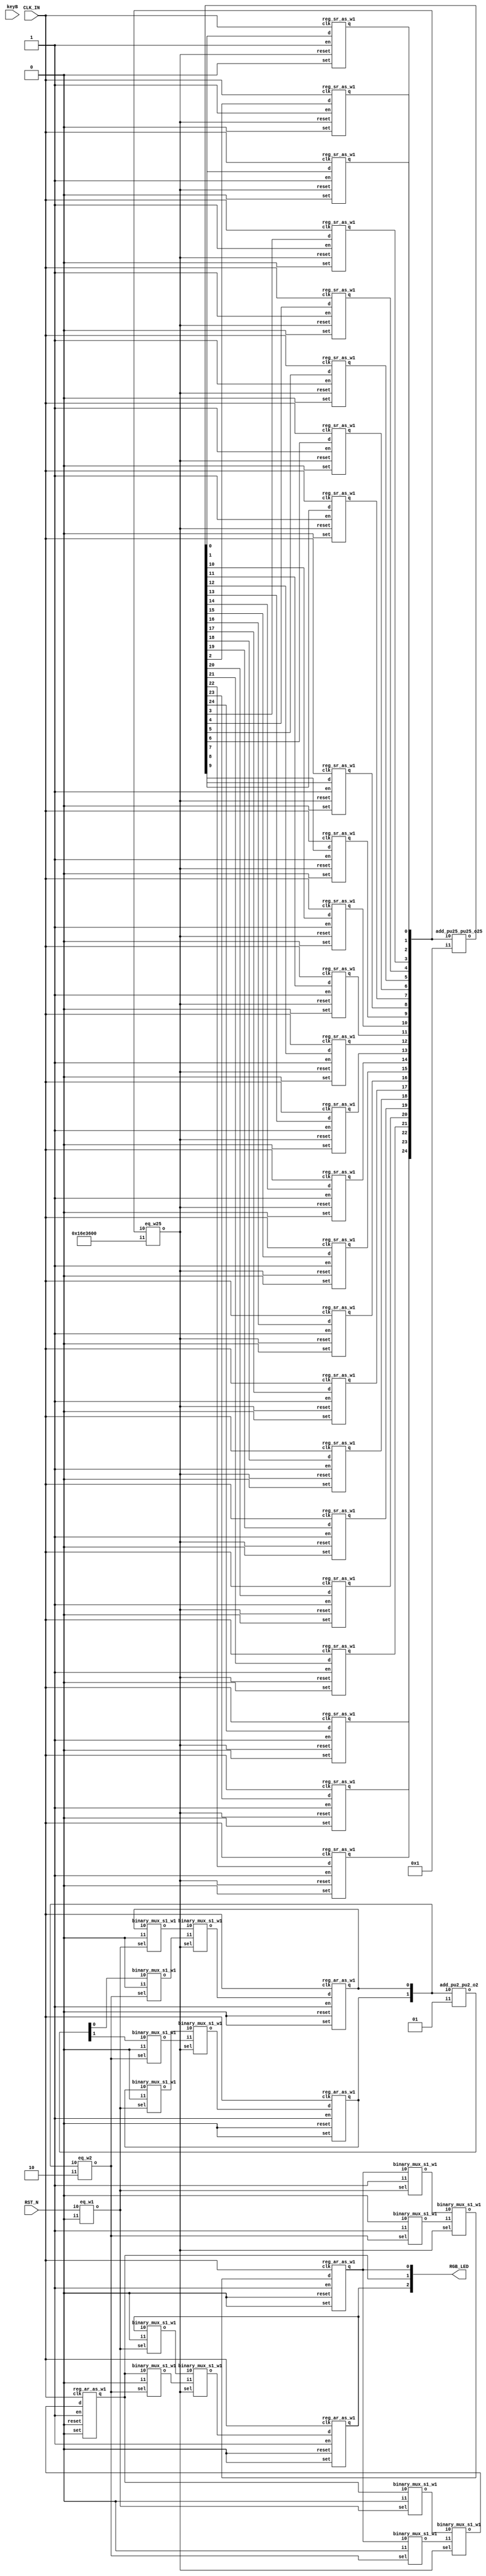
// Verilog netlist created by TD v4.3.815
// Tue May 14 18:57:10 2019

`timescale 1ns / 1ps
module led  // ../src/led.v(1)
  (
  CLK_IN,
  RST_N,
  keyB,
  RGB_LED
  );

  input CLK_IN;  // ../src/led.v(3)
  input RST_N;  // ../src/led.v(4)
  input keyB;  // ../src/led.v(5)
  output [2:0] RGB_LED;  // ../src/led.v(6)

  parameter time1 = 25'b1011011100011011000000000;
  wire [24:0] count;  // ../src/led.v(12)
  wire [2:0] n1;
  wire [2:0] n10;
  wire [1:0] n11;
  wire [1:0] n2;
  wire [1:0] n5;
  wire [2:0] n6;
  wire [1:0] n7;
  wire [24:0] n8;
  wire [1:0] shift_cnt;  // ../src/led.v(13)
  wire n0;
  wire n3;
  wire n4;

  add_pu2_pu2_o2 add0 (
    .i0(shift_cnt),
    .i1(2'b01),
    .o(n5));  // ../src/led.v(39)
  add_pu25_pu25_o25 add1 (
    .i0(count),
    .i1(25'b0000000000000000000000001),
    .o(n8));  // ../src/led.v(43)
  eq_w1 eq0 (
    .i0(RST_N),
    .i1(1'b0),
    .o(n0));  // ../src/led.v(23)
  eq_w25 eq1 (
    .i0(count),
    .i1(25'b1011011100011011000000000),
    .o(n3));  // ../src/led.v(29)
  eq_w2 eq2 (
    .i0(shift_cnt),
    .i1(2'b10),
    .o(n4));  // ../src/led.v(33)
  binary_mux_s1_w1 mux0_b0 (
    .i0(RGB_LED[0]),
    .i1(1'b1),
    .sel(n0),
    .o(n1[0]));  // ../src/led.v(27)
  binary_mux_s1_w1 mux0_b1 (
    .i0(RGB_LED[1]),
    .i1(1'b0),
    .sel(n0),
    .o(n1[1]));  // ../src/led.v(27)
  binary_mux_s1_w1 mux0_b2 (
    .i0(RGB_LED[2]),
    .i1(1'b0),
    .sel(n0),
    .o(n1[2]));  // ../src/led.v(27)
  binary_mux_s1_w1 mux1_b0 (
    .i0(shift_cnt[0]),
    .i1(1'b0),
    .sel(n0),
    .o(n2[0]));  // ../src/led.v(27)
  binary_mux_s1_w1 mux1_b1 (
    .i0(shift_cnt[1]),
    .i1(1'b0),
    .sel(n0),
    .o(n2[1]));  // ../src/led.v(27)
  binary_mux_s1_w1 mux2_b0 (
    .i0(1'b0),
    .i1(1'b1),
    .sel(n4),
    .o(n6[0]));  // ../src/led.v(40)
  binary_mux_s1_w1 mux2_b1 (
    .i0(RGB_LED[0]),
    .i1(1'b0),
    .sel(n4),
    .o(n6[1]));  // ../src/led.v(40)
  binary_mux_s1_w1 mux2_b2 (
    .i0(RGB_LED[1]),
    .i1(1'b0),
    .sel(n4),
    .o(n6[2]));  // ../src/led.v(40)
  binary_mux_s1_w1 mux3_b0 (
    .i0(n5[0]),
    .i1(1'b0),
    .sel(n4),
    .o(n7[0]));  // ../src/led.v(40)
  binary_mux_s1_w1 mux3_b1 (
    .i0(n5[1]),
    .i1(1'b0),
    .sel(n4),
    .o(n7[1]));  // ../src/led.v(40)
  binary_mux_s1_w1 mux5_b0 (
    .i0(n1[0]),
    .i1(n6[0]),
    .sel(n3),
    .o(n10[0]));  // ../src/led.v(43)
  binary_mux_s1_w1 mux5_b1 (
    .i0(n1[1]),
    .i1(n6[1]),
    .sel(n3),
    .o(n10[1]));  // ../src/led.v(43)
  binary_mux_s1_w1 mux5_b2 (
    .i0(n1[2]),
    .i1(n6[2]),
    .sel(n3),
    .o(n10[2]));  // ../src/led.v(43)
  binary_mux_s1_w1 mux6_b0 (
    .i0(n2[0]),
    .i1(n7[0]),
    .sel(n3),
    .o(n11[0]));  // ../src/led.v(43)
  binary_mux_s1_w1 mux6_b1 (
    .i0(n2[1]),
    .i1(n7[1]),
    .sel(n3),
    .o(n11[1]));  // ../src/led.v(43)
  reg_ar_as_w1 reg0_b0 (
    .clk(CLK_IN),
    .d(n10[0]),
    .en(1'b1),
    .reset(1'b0),
    .set(1'b0),
    .q(RGB_LED[0]));  // ../src/led.v(44)
  reg_ar_as_w1 reg0_b1 (
    .clk(CLK_IN),
    .d(n10[1]),
    .en(1'b1),
    .reset(1'b0),
    .set(1'b0),
    .q(RGB_LED[1]));  // ../src/led.v(44)
  reg_ar_as_w1 reg0_b2 (
    .clk(CLK_IN),
    .d(n10[2]),
    .en(1'b1),
    .reset(1'b0),
    .set(1'b0),
    .q(RGB_LED[2]));  // ../src/led.v(44)
  reg_ar_as_w1 reg1_b0 (
    .clk(CLK_IN),
    .d(n11[0]),
    .en(1'b1),
    .reset(1'b0),
    .set(1'b0),
    .q(shift_cnt[0]));  // ../src/led.v(44)
  reg_ar_as_w1 reg1_b1 (
    .clk(CLK_IN),
    .d(n11[1]),
    .en(1'b1),
    .reset(1'b0),
    .set(1'b0),
    .q(shift_cnt[1]));  // ../src/led.v(44)
  reg_sr_as_w1 reg2_b0 (
    .clk(CLK_IN),
    .d(n8[0]),
    .en(1'b1),
    .reset(n3),
    .set(1'b0),
    .q(count[0]));  // ../src/led.v(44)
  reg_sr_as_w1 reg2_b1 (
    .clk(CLK_IN),
    .d(n8[1]),
    .en(1'b1),
    .reset(n3),
    .set(1'b0),
    .q(count[1]));  // ../src/led.v(44)
  reg_sr_as_w1 reg2_b10 (
    .clk(CLK_IN),
    .d(n8[10]),
    .en(1'b1),
    .reset(n3),
    .set(1'b0),
    .q(count[10]));  // ../src/led.v(44)
  reg_sr_as_w1 reg2_b11 (
    .clk(CLK_IN),
    .d(n8[11]),
    .en(1'b1),
    .reset(n3),
    .set(1'b0),
    .q(count[11]));  // ../src/led.v(44)
  reg_sr_as_w1 reg2_b12 (
    .clk(CLK_IN),
    .d(n8[12]),
    .en(1'b1),
    .reset(n3),
    .set(1'b0),
    .q(count[12]));  // ../src/led.v(44)
  reg_sr_as_w1 reg2_b13 (
    .clk(CLK_IN),
    .d(n8[13]),
    .en(1'b1),
    .reset(n3),
    .set(1'b0),
    .q(count[13]));  // ../src/led.v(44)
  reg_sr_as_w1 reg2_b14 (
    .clk(CLK_IN),
    .d(n8[14]),
    .en(1'b1),
    .reset(n3),
    .set(1'b0),
    .q(count[14]));  // ../src/led.v(44)
  reg_sr_as_w1 reg2_b15 (
    .clk(CLK_IN),
    .d(n8[15]),
    .en(1'b1),
    .reset(n3),
    .set(1'b0),
    .q(count[15]));  // ../src/led.v(44)
  reg_sr_as_w1 reg2_b16 (
    .clk(CLK_IN),
    .d(n8[16]),
    .en(1'b1),
    .reset(n3),
    .set(1'b0),
    .q(count[16]));  // ../src/led.v(44)
  reg_sr_as_w1 reg2_b17 (
    .clk(CLK_IN),
    .d(n8[17]),
    .en(1'b1),
    .reset(n3),
    .set(1'b0),
    .q(count[17]));  // ../src/led.v(44)
  reg_sr_as_w1 reg2_b18 (
    .clk(CLK_IN),
    .d(n8[18]),
    .en(1'b1),
    .reset(n3),
    .set(1'b0),
    .q(count[18]));  // ../src/led.v(44)
  reg_sr_as_w1 reg2_b19 (
    .clk(CLK_IN),
    .d(n8[19]),
    .en(1'b1),
    .reset(n3),
    .set(1'b0),
    .q(count[19]));  // ../src/led.v(44)
  reg_sr_as_w1 reg2_b2 (
    .clk(CLK_IN),
    .d(n8[2]),
    .en(1'b1),
    .reset(n3),
    .set(1'b0),
    .q(count[2]));  // ../src/led.v(44)
  reg_sr_as_w1 reg2_b20 (
    .clk(CLK_IN),
    .d(n8[20]),
    .en(1'b1),
    .reset(n3),
    .set(1'b0),
    .q(count[20]));  // ../src/led.v(44)
  reg_sr_as_w1 reg2_b21 (
    .clk(CLK_IN),
    .d(n8[21]),
    .en(1'b1),
    .reset(n3),
    .set(1'b0),
    .q(count[21]));  // ../src/led.v(44)
  reg_sr_as_w1 reg2_b22 (
    .clk(CLK_IN),
    .d(n8[22]),
    .en(1'b1),
    .reset(n3),
    .set(1'b0),
    .q(count[22]));  // ../src/led.v(44)
  reg_sr_as_w1 reg2_b23 (
    .clk(CLK_IN),
    .d(n8[23]),
    .en(1'b1),
    .reset(n3),
    .set(1'b0),
    .q(count[23]));  // ../src/led.v(44)
  reg_sr_as_w1 reg2_b24 (
    .clk(CLK_IN),
    .d(n8[24]),
    .en(1'b1),
    .reset(n3),
    .set(1'b0),
    .q(count[24]));  // ../src/led.v(44)
  reg_sr_as_w1 reg2_b3 (
    .clk(CLK_IN),
    .d(n8[3]),
    .en(1'b1),
    .reset(n3),
    .set(1'b0),
    .q(count[3]));  // ../src/led.v(44)
  reg_sr_as_w1 reg2_b4 (
    .clk(CLK_IN),
    .d(n8[4]),
    .en(1'b1),
    .reset(n3),
    .set(1'b0),
    .q(count[4]));  // ../src/led.v(44)
  reg_sr_as_w1 reg2_b5 (
    .clk(CLK_IN),
    .d(n8[5]),
    .en(1'b1),
    .reset(n3),
    .set(1'b0),
    .q(count[5]));  // ../src/led.v(44)
  reg_sr_as_w1 reg2_b6 (
    .clk(CLK_IN),
    .d(n8[6]),
    .en(1'b1),
    .reset(n3),
    .set(1'b0),
    .q(count[6]));  // ../src/led.v(44)
  reg_sr_as_w1 reg2_b7 (
    .clk(CLK_IN),
    .d(n8[7]),
    .en(1'b1),
    .reset(n3),
    .set(1'b0),
    .q(count[7]));  // ../src/led.v(44)
  reg_sr_as_w1 reg2_b8 (
    .clk(CLK_IN),
    .d(n8[8]),
    .en(1'b1),
    .reset(n3),
    .set(1'b0),
    .q(count[8]));  // ../src/led.v(44)
  reg_sr_as_w1 reg2_b9 (
    .clk(CLK_IN),
    .d(n8[9]),
    .en(1'b1),
    .reset(n3),
    .set(1'b0),
    .q(count[9]));  // ../src/led.v(44)

endmodule 

module add_pu2_pu2_o2
  (
  i0,
  i1,
  o
  );

  input [1:0] i0;
  input [1:0] i1;
  output [1:0] o;

  wire net_a0;
  wire net_a1;
  wire net_b0;
  wire net_b1;
  wire net_cout0;
  wire net_cout1;
  wire net_sum0;
  wire net_sum1;

  assign net_a1 = i0[1];
  assign net_a0 = i0[0];
  assign net_b1 = i1[1];
  assign net_b0 = i1[0];
  assign o[1] = net_sum1;
  assign o[0] = net_sum0;
  AL_FADD comp_0 (
    .a(net_a0),
    .b(net_b0),
    .c(1'b0),
    .cout(net_cout0),
    .sum(net_sum0));
  AL_FADD comp_1 (
    .a(net_a1),
    .b(net_b1),
    .c(net_cout0),
    .cout(net_cout1),
    .sum(net_sum1));

endmodule 

module add_pu25_pu25_o25
  (
  i0,
  i1,
  o
  );

  input [24:0] i0;
  input [24:0] i1;
  output [24:0] o;

  wire net_a0;
  wire net_a1;
  wire net_a10;
  wire net_a11;
  wire net_a12;
  wire net_a13;
  wire net_a14;
  wire net_a15;
  wire net_a16;
  wire net_a17;
  wire net_a18;
  wire net_a19;
  wire net_a2;
  wire net_a20;
  wire net_a21;
  wire net_a22;
  wire net_a23;
  wire net_a24;
  wire net_a3;
  wire net_a4;
  wire net_a5;
  wire net_a6;
  wire net_a7;
  wire net_a8;
  wire net_a9;
  wire net_b0;
  wire net_b1;
  wire net_b10;
  wire net_b11;
  wire net_b12;
  wire net_b13;
  wire net_b14;
  wire net_b15;
  wire net_b16;
  wire net_b17;
  wire net_b18;
  wire net_b19;
  wire net_b2;
  wire net_b20;
  wire net_b21;
  wire net_b22;
  wire net_b23;
  wire net_b24;
  wire net_b3;
  wire net_b4;
  wire net_b5;
  wire net_b6;
  wire net_b7;
  wire net_b8;
  wire net_b9;
  wire net_cout0;
  wire net_cout1;
  wire net_cout10;
  wire net_cout11;
  wire net_cout12;
  wire net_cout13;
  wire net_cout14;
  wire net_cout15;
  wire net_cout16;
  wire net_cout17;
  wire net_cout18;
  wire net_cout19;
  wire net_cout2;
  wire net_cout20;
  wire net_cout21;
  wire net_cout22;
  wire net_cout23;
  wire net_cout24;
  wire net_cout3;
  wire net_cout4;
  wire net_cout5;
  wire net_cout6;
  wire net_cout7;
  wire net_cout8;
  wire net_cout9;
  wire net_sum0;
  wire net_sum1;
  wire net_sum10;
  wire net_sum11;
  wire net_sum12;
  wire net_sum13;
  wire net_sum14;
  wire net_sum15;
  wire net_sum16;
  wire net_sum17;
  wire net_sum18;
  wire net_sum19;
  wire net_sum2;
  wire net_sum20;
  wire net_sum21;
  wire net_sum22;
  wire net_sum23;
  wire net_sum24;
  wire net_sum3;
  wire net_sum4;
  wire net_sum5;
  wire net_sum6;
  wire net_sum7;
  wire net_sum8;
  wire net_sum9;

  assign net_a24 = i0[24];
  assign net_a23 = i0[23];
  assign net_a22 = i0[22];
  assign net_a21 = i0[21];
  assign net_a20 = i0[20];
  assign net_a19 = i0[19];
  assign net_a18 = i0[18];
  assign net_a17 = i0[17];
  assign net_a16 = i0[16];
  assign net_a15 = i0[15];
  assign net_a14 = i0[14];
  assign net_a13 = i0[13];
  assign net_a12 = i0[12];
  assign net_a11 = i0[11];
  assign net_a10 = i0[10];
  assign net_a9 = i0[9];
  assign net_a8 = i0[8];
  assign net_a7 = i0[7];
  assign net_a6 = i0[6];
  assign net_a5 = i0[5];
  assign net_a4 = i0[4];
  assign net_a3 = i0[3];
  assign net_a2 = i0[2];
  assign net_a1 = i0[1];
  assign net_a0 = i0[0];
  assign net_b24 = i1[24];
  assign net_b23 = i1[23];
  assign net_b22 = i1[22];
  assign net_b21 = i1[21];
  assign net_b20 = i1[20];
  assign net_b19 = i1[19];
  assign net_b18 = i1[18];
  assign net_b17 = i1[17];
  assign net_b16 = i1[16];
  assign net_b15 = i1[15];
  assign net_b14 = i1[14];
  assign net_b13 = i1[13];
  assign net_b12 = i1[12];
  assign net_b11 = i1[11];
  assign net_b10 = i1[10];
  assign net_b9 = i1[9];
  assign net_b8 = i1[8];
  assign net_b7 = i1[7];
  assign net_b6 = i1[6];
  assign net_b5 = i1[5];
  assign net_b4 = i1[4];
  assign net_b3 = i1[3];
  assign net_b2 = i1[2];
  assign net_b1 = i1[1];
  assign net_b0 = i1[0];
  assign o[24] = net_sum24;
  assign o[23] = net_sum23;
  assign o[22] = net_sum22;
  assign o[21] = net_sum21;
  assign o[20] = net_sum20;
  assign o[19] = net_sum19;
  assign o[18] = net_sum18;
  assign o[17] = net_sum17;
  assign o[16] = net_sum16;
  assign o[15] = net_sum15;
  assign o[14] = net_sum14;
  assign o[13] = net_sum13;
  assign o[12] = net_sum12;
  assign o[11] = net_sum11;
  assign o[10] = net_sum10;
  assign o[9] = net_sum9;
  assign o[8] = net_sum8;
  assign o[7] = net_sum7;
  assign o[6] = net_sum6;
  assign o[5] = net_sum5;
  assign o[4] = net_sum4;
  assign o[3] = net_sum3;
  assign o[2] = net_sum2;
  assign o[1] = net_sum1;
  assign o[0] = net_sum0;
  AL_FADD comp_0 (
    .a(net_a0),
    .b(net_b0),
    .c(1'b0),
    .cout(net_cout0),
    .sum(net_sum0));
  AL_FADD comp_1 (
    .a(net_a1),
    .b(net_b1),
    .c(net_cout0),
    .cout(net_cout1),
    .sum(net_sum1));
  AL_FADD comp_10 (
    .a(net_a10),
    .b(net_b10),
    .c(net_cout9),
    .cout(net_cout10),
    .sum(net_sum10));
  AL_FADD comp_11 (
    .a(net_a11),
    .b(net_b11),
    .c(net_cout10),
    .cout(net_cout11),
    .sum(net_sum11));
  AL_FADD comp_12 (
    .a(net_a12),
    .b(net_b12),
    .c(net_cout11),
    .cout(net_cout12),
    .sum(net_sum12));
  AL_FADD comp_13 (
    .a(net_a13),
    .b(net_b13),
    .c(net_cout12),
    .cout(net_cout13),
    .sum(net_sum13));
  AL_FADD comp_14 (
    .a(net_a14),
    .b(net_b14),
    .c(net_cout13),
    .cout(net_cout14),
    .sum(net_sum14));
  AL_FADD comp_15 (
    .a(net_a15),
    .b(net_b15),
    .c(net_cout14),
    .cout(net_cout15),
    .sum(net_sum15));
  AL_FADD comp_16 (
    .a(net_a16),
    .b(net_b16),
    .c(net_cout15),
    .cout(net_cout16),
    .sum(net_sum16));
  AL_FADD comp_17 (
    .a(net_a17),
    .b(net_b17),
    .c(net_cout16),
    .cout(net_cout17),
    .sum(net_sum17));
  AL_FADD comp_18 (
    .a(net_a18),
    .b(net_b18),
    .c(net_cout17),
    .cout(net_cout18),
    .sum(net_sum18));
  AL_FADD comp_19 (
    .a(net_a19),
    .b(net_b19),
    .c(net_cout18),
    .cout(net_cout19),
    .sum(net_sum19));
  AL_FADD comp_2 (
    .a(net_a2),
    .b(net_b2),
    .c(net_cout1),
    .cout(net_cout2),
    .sum(net_sum2));
  AL_FADD comp_20 (
    .a(net_a20),
    .b(net_b20),
    .c(net_cout19),
    .cout(net_cout20),
    .sum(net_sum20));
  AL_FADD comp_21 (
    .a(net_a21),
    .b(net_b21),
    .c(net_cout20),
    .cout(net_cout21),
    .sum(net_sum21));
  AL_FADD comp_22 (
    .a(net_a22),
    .b(net_b22),
    .c(net_cout21),
    .cout(net_cout22),
    .sum(net_sum22));
  AL_FADD comp_23 (
    .a(net_a23),
    .b(net_b23),
    .c(net_cout22),
    .cout(net_cout23),
    .sum(net_sum23));
  AL_FADD comp_24 (
    .a(net_a24),
    .b(net_b24),
    .c(net_cout23),
    .cout(net_cout24),
    .sum(net_sum24));
  AL_FADD comp_3 (
    .a(net_a3),
    .b(net_b3),
    .c(net_cout2),
    .cout(net_cout3),
    .sum(net_sum3));
  AL_FADD comp_4 (
    .a(net_a4),
    .b(net_b4),
    .c(net_cout3),
    .cout(net_cout4),
    .sum(net_sum4));
  AL_FADD comp_5 (
    .a(net_a5),
    .b(net_b5),
    .c(net_cout4),
    .cout(net_cout5),
    .sum(net_sum5));
  AL_FADD comp_6 (
    .a(net_a6),
    .b(net_b6),
    .c(net_cout5),
    .cout(net_cout6),
    .sum(net_sum6));
  AL_FADD comp_7 (
    .a(net_a7),
    .b(net_b7),
    .c(net_cout6),
    .cout(net_cout7),
    .sum(net_sum7));
  AL_FADD comp_8 (
    .a(net_a8),
    .b(net_b8),
    .c(net_cout7),
    .cout(net_cout8),
    .sum(net_sum8));
  AL_FADD comp_9 (
    .a(net_a9),
    .b(net_b9),
    .c(net_cout8),
    .cout(net_cout9),
    .sum(net_sum9));

endmodule 

module eq_w1
  (
  i0,
  i1,
  o
  );

  input i0;
  input i1;
  output o;

  wire xor_i0_i1_o;

  not none_diff (o, xor_i0_i1_o);
  xor xor_i0_i1 (xor_i0_i1_o, i0, i1);

endmodule 

module eq_w25
  (
  i0,
  i1,
  o
  );

  input [24:0] i0;
  input [24:0] i1;
  output o;

  wire or_or_or_or_xor_i0$0_o;
  wire or_or_or_xor_i0$0$_i_o;
  wire or_or_or_xor_i0$12$__o;
  wire or_or_xor_i0$0$_i1$0_o;
  wire or_or_xor_i0$12$_i1$_o;
  wire or_or_xor_i0$18$_i1$_o;
  wire or_or_xor_i0$21$_i1$_o;
  wire or_or_xor_i0$6$_i1$6_o;
  wire or_xor_i0$0$_i1$0$_o_o;
  wire or_xor_i0$1$_i1$1$_o_o;
  wire or_xor_i0$10$_i1$10$_o;
  wire or_xor_i0$12$_i1$12$_o;
  wire or_xor_i0$13$_i1$13$_o;
  wire or_xor_i0$15$_i1$15$_o;
  wire or_xor_i0$16$_i1$16$_o;
  wire or_xor_i0$18$_i1$18$_o;
  wire or_xor_i0$19$_i1$19$_o;
  wire or_xor_i0$21$_i1$21$_o;
  wire or_xor_i0$23$_i1$23$_o;
  wire or_xor_i0$3$_i1$3$_o_o;
  wire or_xor_i0$4$_i1$4$_o_o;
  wire or_xor_i0$6$_i1$6$_o_o;
  wire or_xor_i0$7$_i1$7$_o_o;
  wire or_xor_i0$9$_i1$9$_o_o;
  wire xor_i0$0$_i1$0$_o;
  wire xor_i0$1$_i1$1$_o;
  wire xor_i0$10$_i1$10$_o;
  wire xor_i0$11$_i1$11$_o;
  wire xor_i0$12$_i1$12$_o;
  wire xor_i0$13$_i1$13$_o;
  wire xor_i0$14$_i1$14$_o;
  wire xor_i0$15$_i1$15$_o;
  wire xor_i0$16$_i1$16$_o;
  wire xor_i0$17$_i1$17$_o;
  wire xor_i0$18$_i1$18$_o;
  wire xor_i0$19$_i1$19$_o;
  wire xor_i0$2$_i1$2$_o;
  wire xor_i0$20$_i1$20$_o;
  wire xor_i0$21$_i1$21$_o;
  wire xor_i0$22$_i1$22$_o;
  wire xor_i0$23$_i1$23$_o;
  wire xor_i0$24$_i1$24$_o;
  wire xor_i0$3$_i1$3$_o;
  wire xor_i0$4$_i1$4$_o;
  wire xor_i0$5$_i1$5$_o;
  wire xor_i0$6$_i1$6$_o;
  wire xor_i0$7$_i1$7$_o;
  wire xor_i0$8$_i1$8$_o;
  wire xor_i0$9$_i1$9$_o;

  not none_diff (o, or_or_or_or_xor_i0$0_o);
  or or_or_or_or_xor_i0$0 (or_or_or_or_xor_i0$0_o, or_or_or_xor_i0$0$_i_o, or_or_or_xor_i0$12$__o);
  or or_or_or_xor_i0$0$_i (or_or_or_xor_i0$0$_i_o, or_or_xor_i0$0$_i1$0_o, or_or_xor_i0$6$_i1$6_o);
  or or_or_or_xor_i0$12$_ (or_or_or_xor_i0$12$__o, or_or_xor_i0$12$_i1$_o, or_or_xor_i0$18$_i1$_o);
  or or_or_xor_i0$0$_i1$0 (or_or_xor_i0$0$_i1$0_o, or_xor_i0$0$_i1$0$_o_o, or_xor_i0$3$_i1$3$_o_o);
  or or_or_xor_i0$12$_i1$ (or_or_xor_i0$12$_i1$_o, or_xor_i0$12$_i1$12$_o, or_xor_i0$15$_i1$15$_o);
  or or_or_xor_i0$18$_i1$ (or_or_xor_i0$18$_i1$_o, or_xor_i0$18$_i1$18$_o, or_or_xor_i0$21$_i1$_o);
  or or_or_xor_i0$21$_i1$ (or_or_xor_i0$21$_i1$_o, or_xor_i0$21$_i1$21$_o, or_xor_i0$23$_i1$23$_o);
  or or_or_xor_i0$6$_i1$6 (or_or_xor_i0$6$_i1$6_o, or_xor_i0$6$_i1$6$_o_o, or_xor_i0$9$_i1$9$_o_o);
  or or_xor_i0$0$_i1$0$_o (or_xor_i0$0$_i1$0$_o_o, xor_i0$0$_i1$0$_o, or_xor_i0$1$_i1$1$_o_o);
  or or_xor_i0$1$_i1$1$_o (or_xor_i0$1$_i1$1$_o_o, xor_i0$1$_i1$1$_o, xor_i0$2$_i1$2$_o);
  or or_xor_i0$10$_i1$10$ (or_xor_i0$10$_i1$10$_o, xor_i0$10$_i1$10$_o, xor_i0$11$_i1$11$_o);
  or or_xor_i0$12$_i1$12$ (or_xor_i0$12$_i1$12$_o, xor_i0$12$_i1$12$_o, or_xor_i0$13$_i1$13$_o);
  or or_xor_i0$13$_i1$13$ (or_xor_i0$13$_i1$13$_o, xor_i0$13$_i1$13$_o, xor_i0$14$_i1$14$_o);
  or or_xor_i0$15$_i1$15$ (or_xor_i0$15$_i1$15$_o, xor_i0$15$_i1$15$_o, or_xor_i0$16$_i1$16$_o);
  or or_xor_i0$16$_i1$16$ (or_xor_i0$16$_i1$16$_o, xor_i0$16$_i1$16$_o, xor_i0$17$_i1$17$_o);
  or or_xor_i0$18$_i1$18$ (or_xor_i0$18$_i1$18$_o, xor_i0$18$_i1$18$_o, or_xor_i0$19$_i1$19$_o);
  or or_xor_i0$19$_i1$19$ (or_xor_i0$19$_i1$19$_o, xor_i0$19$_i1$19$_o, xor_i0$20$_i1$20$_o);
  or or_xor_i0$21$_i1$21$ (or_xor_i0$21$_i1$21$_o, xor_i0$21$_i1$21$_o, xor_i0$22$_i1$22$_o);
  or or_xor_i0$23$_i1$23$ (or_xor_i0$23$_i1$23$_o, xor_i0$23$_i1$23$_o, xor_i0$24$_i1$24$_o);
  or or_xor_i0$3$_i1$3$_o (or_xor_i0$3$_i1$3$_o_o, xor_i0$3$_i1$3$_o, or_xor_i0$4$_i1$4$_o_o);
  or or_xor_i0$4$_i1$4$_o (or_xor_i0$4$_i1$4$_o_o, xor_i0$4$_i1$4$_o, xor_i0$5$_i1$5$_o);
  or or_xor_i0$6$_i1$6$_o (or_xor_i0$6$_i1$6$_o_o, xor_i0$6$_i1$6$_o, or_xor_i0$7$_i1$7$_o_o);
  or or_xor_i0$7$_i1$7$_o (or_xor_i0$7$_i1$7$_o_o, xor_i0$7$_i1$7$_o, xor_i0$8$_i1$8$_o);
  or or_xor_i0$9$_i1$9$_o (or_xor_i0$9$_i1$9$_o_o, xor_i0$9$_i1$9$_o, or_xor_i0$10$_i1$10$_o);
  xor \xor_i0[0]_i1[0]  (xor_i0$0$_i1$0$_o, i0[0], i1[0]);
  xor \xor_i0[10]_i1[10]  (xor_i0$10$_i1$10$_o, i0[10], i1[10]);
  xor \xor_i0[11]_i1[11]  (xor_i0$11$_i1$11$_o, i0[11], i1[11]);
  xor \xor_i0[12]_i1[12]  (xor_i0$12$_i1$12$_o, i0[12], i1[12]);
  xor \xor_i0[13]_i1[13]  (xor_i0$13$_i1$13$_o, i0[13], i1[13]);
  xor \xor_i0[14]_i1[14]  (xor_i0$14$_i1$14$_o, i0[14], i1[14]);
  xor \xor_i0[15]_i1[15]  (xor_i0$15$_i1$15$_o, i0[15], i1[15]);
  xor \xor_i0[16]_i1[16]  (xor_i0$16$_i1$16$_o, i0[16], i1[16]);
  xor \xor_i0[17]_i1[17]  (xor_i0$17$_i1$17$_o, i0[17], i1[17]);
  xor \xor_i0[18]_i1[18]  (xor_i0$18$_i1$18$_o, i0[18], i1[18]);
  xor \xor_i0[19]_i1[19]  (xor_i0$19$_i1$19$_o, i0[19], i1[19]);
  xor \xor_i0[1]_i1[1]  (xor_i0$1$_i1$1$_o, i0[1], i1[1]);
  xor \xor_i0[20]_i1[20]  (xor_i0$20$_i1$20$_o, i0[20], i1[20]);
  xor \xor_i0[21]_i1[21]  (xor_i0$21$_i1$21$_o, i0[21], i1[21]);
  xor \xor_i0[22]_i1[22]  (xor_i0$22$_i1$22$_o, i0[22], i1[22]);
  xor \xor_i0[23]_i1[23]  (xor_i0$23$_i1$23$_o, i0[23], i1[23]);
  xor \xor_i0[24]_i1[24]  (xor_i0$24$_i1$24$_o, i0[24], i1[24]);
  xor \xor_i0[2]_i1[2]  (xor_i0$2$_i1$2$_o, i0[2], i1[2]);
  xor \xor_i0[3]_i1[3]  (xor_i0$3$_i1$3$_o, i0[3], i1[3]);
  xor \xor_i0[4]_i1[4]  (xor_i0$4$_i1$4$_o, i0[4], i1[4]);
  xor \xor_i0[5]_i1[5]  (xor_i0$5$_i1$5$_o, i0[5], i1[5]);
  xor \xor_i0[6]_i1[6]  (xor_i0$6$_i1$6$_o, i0[6], i1[6]);
  xor \xor_i0[7]_i1[7]  (xor_i0$7$_i1$7$_o, i0[7], i1[7]);
  xor \xor_i0[8]_i1[8]  (xor_i0$8$_i1$8$_o, i0[8], i1[8]);
  xor \xor_i0[9]_i1[9]  (xor_i0$9$_i1$9$_o, i0[9], i1[9]);

endmodule 

module eq_w2
  (
  i0,
  i1,
  o
  );

  input [1:0] i0;
  input [1:0] i1;
  output o;

  wire or_xor_i0$0$_i1$0$_o_o;
  wire xor_i0$0$_i1$0$_o;
  wire xor_i0$1$_i1$1$_o;

  not none_diff (o, or_xor_i0$0$_i1$0$_o_o);
  or or_xor_i0$0$_i1$0$_o (or_xor_i0$0$_i1$0$_o_o, xor_i0$0$_i1$0$_o, xor_i0$1$_i1$1$_o);
  xor \xor_i0[0]_i1[0]  (xor_i0$0$_i1$0$_o, i0[0], i1[0]);
  xor \xor_i0[1]_i1[1]  (xor_i0$1$_i1$1$_o, i0[1], i1[1]);

endmodule 

module binary_mux_s1_w1
  (
  i0,
  i1,
  sel,
  o
  );

  input i0;
  input i1;
  input sel;
  output o;


  AL_MUX al_mux_b0_0_0 (
    .i0(i0),
    .i1(i1),
    .sel(sel),
    .o(o));

endmodule 

module reg_ar_as_w1
  (
  clk,
  d,
  en,
  reset,
  set,
  q
  );

  input clk;
  input d;
  input en;
  input reset;
  input set;
  output q;

  parameter REGSET = "RESET";
  wire enout;

  AL_MUX u_en0 (
    .i0(q),
    .i1(d),
    .sel(en),
    .o(enout));
  AL_DFF #(
    .INI((REGSET == "SET") ? 1'b1 : 1'b0))
    u_seq0 (
    .clk(clk),
    .d(enout),
    .reset(reset),
    .set(set),
    .q(q));

endmodule 

module reg_sr_as_w1
  (
  clk,
  d,
  en,
  reset,
  set,
  q
  );

  input clk;
  input d;
  input en;
  input reset;
  input set;
  output q;

  parameter REGSET = "RESET";
  wire enout;
  wire resetout;

  AL_MUX u_en0 (
    .i0(q),
    .i1(d),
    .sel(en),
    .o(enout));
  AL_MUX u_reset0 (
    .i0(enout),
    .i1(1'b0),
    .sel(reset),
    .o(resetout));
  AL_DFF #(
    .INI((REGSET == "SET") ? 1'b1 : 1'b0))
    u_seq0 (
    .clk(clk),
    .d(resetout),
    .reset(1'b0),
    .set(set),
    .q(q));

endmodule 

module AL_FADD
  (
  input a,
  input b,
  input c,
  output sum,
  output cout
  );

  wire prop;
  wire not_prop;
  wire sel_i0;
  wire sel_i1;

  xor u0 (prop, a, b);
  xor u1 (sum, prop, c);
  not u2 (not_prop, prop);
  and u3 (sel_i1, prop, c);
  and u4 (sel_i0, not_prop, a);
  or  u5 (cout, sel_i0, sel_i1);

endmodule

module AL_MUX
  (
  input i0,
  input i1,
  input sel,
  output o
  );

  wire not_sel, sel_i0, sel_i1;
  not u0 (not_sel, sel);
  and u1 (sel_i1, sel, i1);
  and u2 (sel_i0, not_sel, i0);
  or u3 (o, sel_i1, sel_i0);

endmodule

module AL_DFF
  (
  input reset,
  input set,
  input clk,
  input d,
  output reg q
  );

  parameter INI = 1'b0;

  always @(posedge reset or posedge set or posedge clk)
  begin
    if (reset)
      q <= 1'b0;
    else if (set)
      q <= 1'b1;
    else
      q <= d;
  end

endmodule